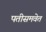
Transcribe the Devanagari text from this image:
पतीसमवेत